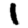
Digit: 1